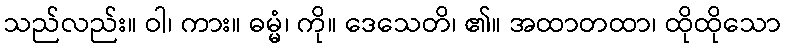
သည်လည်း။ ဝါ၊ ကား။ ဓမ္မံ၊ ကို။ ဒေသေတိ၊ ၏။ အထာတထာ၊ ထိုထိုသော